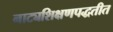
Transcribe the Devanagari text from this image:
नाट्यशिक्षणपद्धतीत